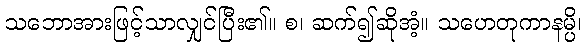
သဘောအားဖြင့်သာလျှင်ပြီး၏။ စ၊ ဆက်၍ဆိုအံ့။ သဟေတုကာနမ္ပိ၊